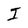
Character: I